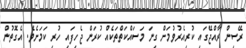
ރޭސިން ރާއްޖޭގައި ކުރިއެރުވުމަށް ގިނަ މަސައްކަތްތަކެއް ކުރަން ޖެހިފައި ހުރި ކަމަށެވެ. އެގޮތުން